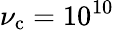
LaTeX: \nu_{\mathrm{c}}=10^{10}